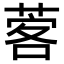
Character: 𦴦